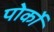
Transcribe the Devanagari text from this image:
पोर्को